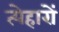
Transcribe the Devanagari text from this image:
त्येहारों